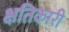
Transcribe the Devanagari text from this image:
क्षतिकारी